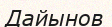
Дайынов